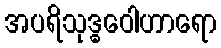
အပရိသုဒ္ဓဝေါဟာရော